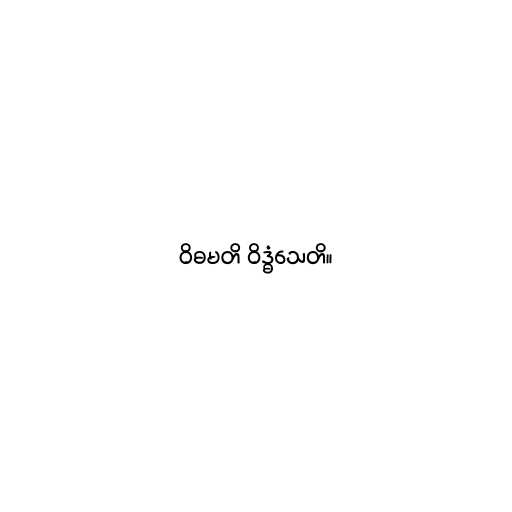
ဝိဓမတိ ဝိဒ္ဓံသေတိ။